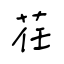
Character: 荏